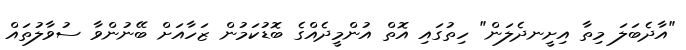
"އާދެބަލަ މިތާ އިށީނދެލަން" ހިތުގައި އޮތް އުންމީދެއްގެ ބޮޑުކަމުން ޒަހާއަށް ބޭނުންވާ ސުވާލުތައް